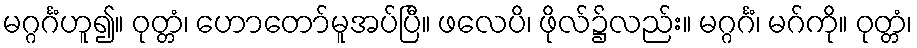
မဂ္ဂင်္ဂံဟူ၍။ ဝုတ္တံ၊ ဟောတော်မူအပ်ပြီ။ ဖလေပိ၊ ဖိုလ်၌လည်း။ မဂ္ဂင်္ဂံ၊ မဂ်ကို။ ဝုတ္တံ၊